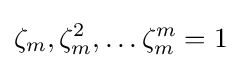
\zeta _{m},\zeta _{m}^{2},\dots \zeta _{m}^{m}=1